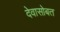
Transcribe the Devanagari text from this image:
देवासोबत